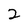
Character: 2